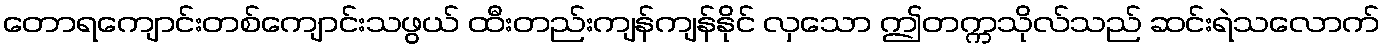
တောရကျောင်းတစ်ကျောင်းသဖွယ် ထီးတည်းကျန်ကျန်နိုင် လှသော ဤတက္ကသိုလ်သည် ဆင်းရဲသလောက်